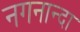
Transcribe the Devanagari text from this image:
नगनान्दा